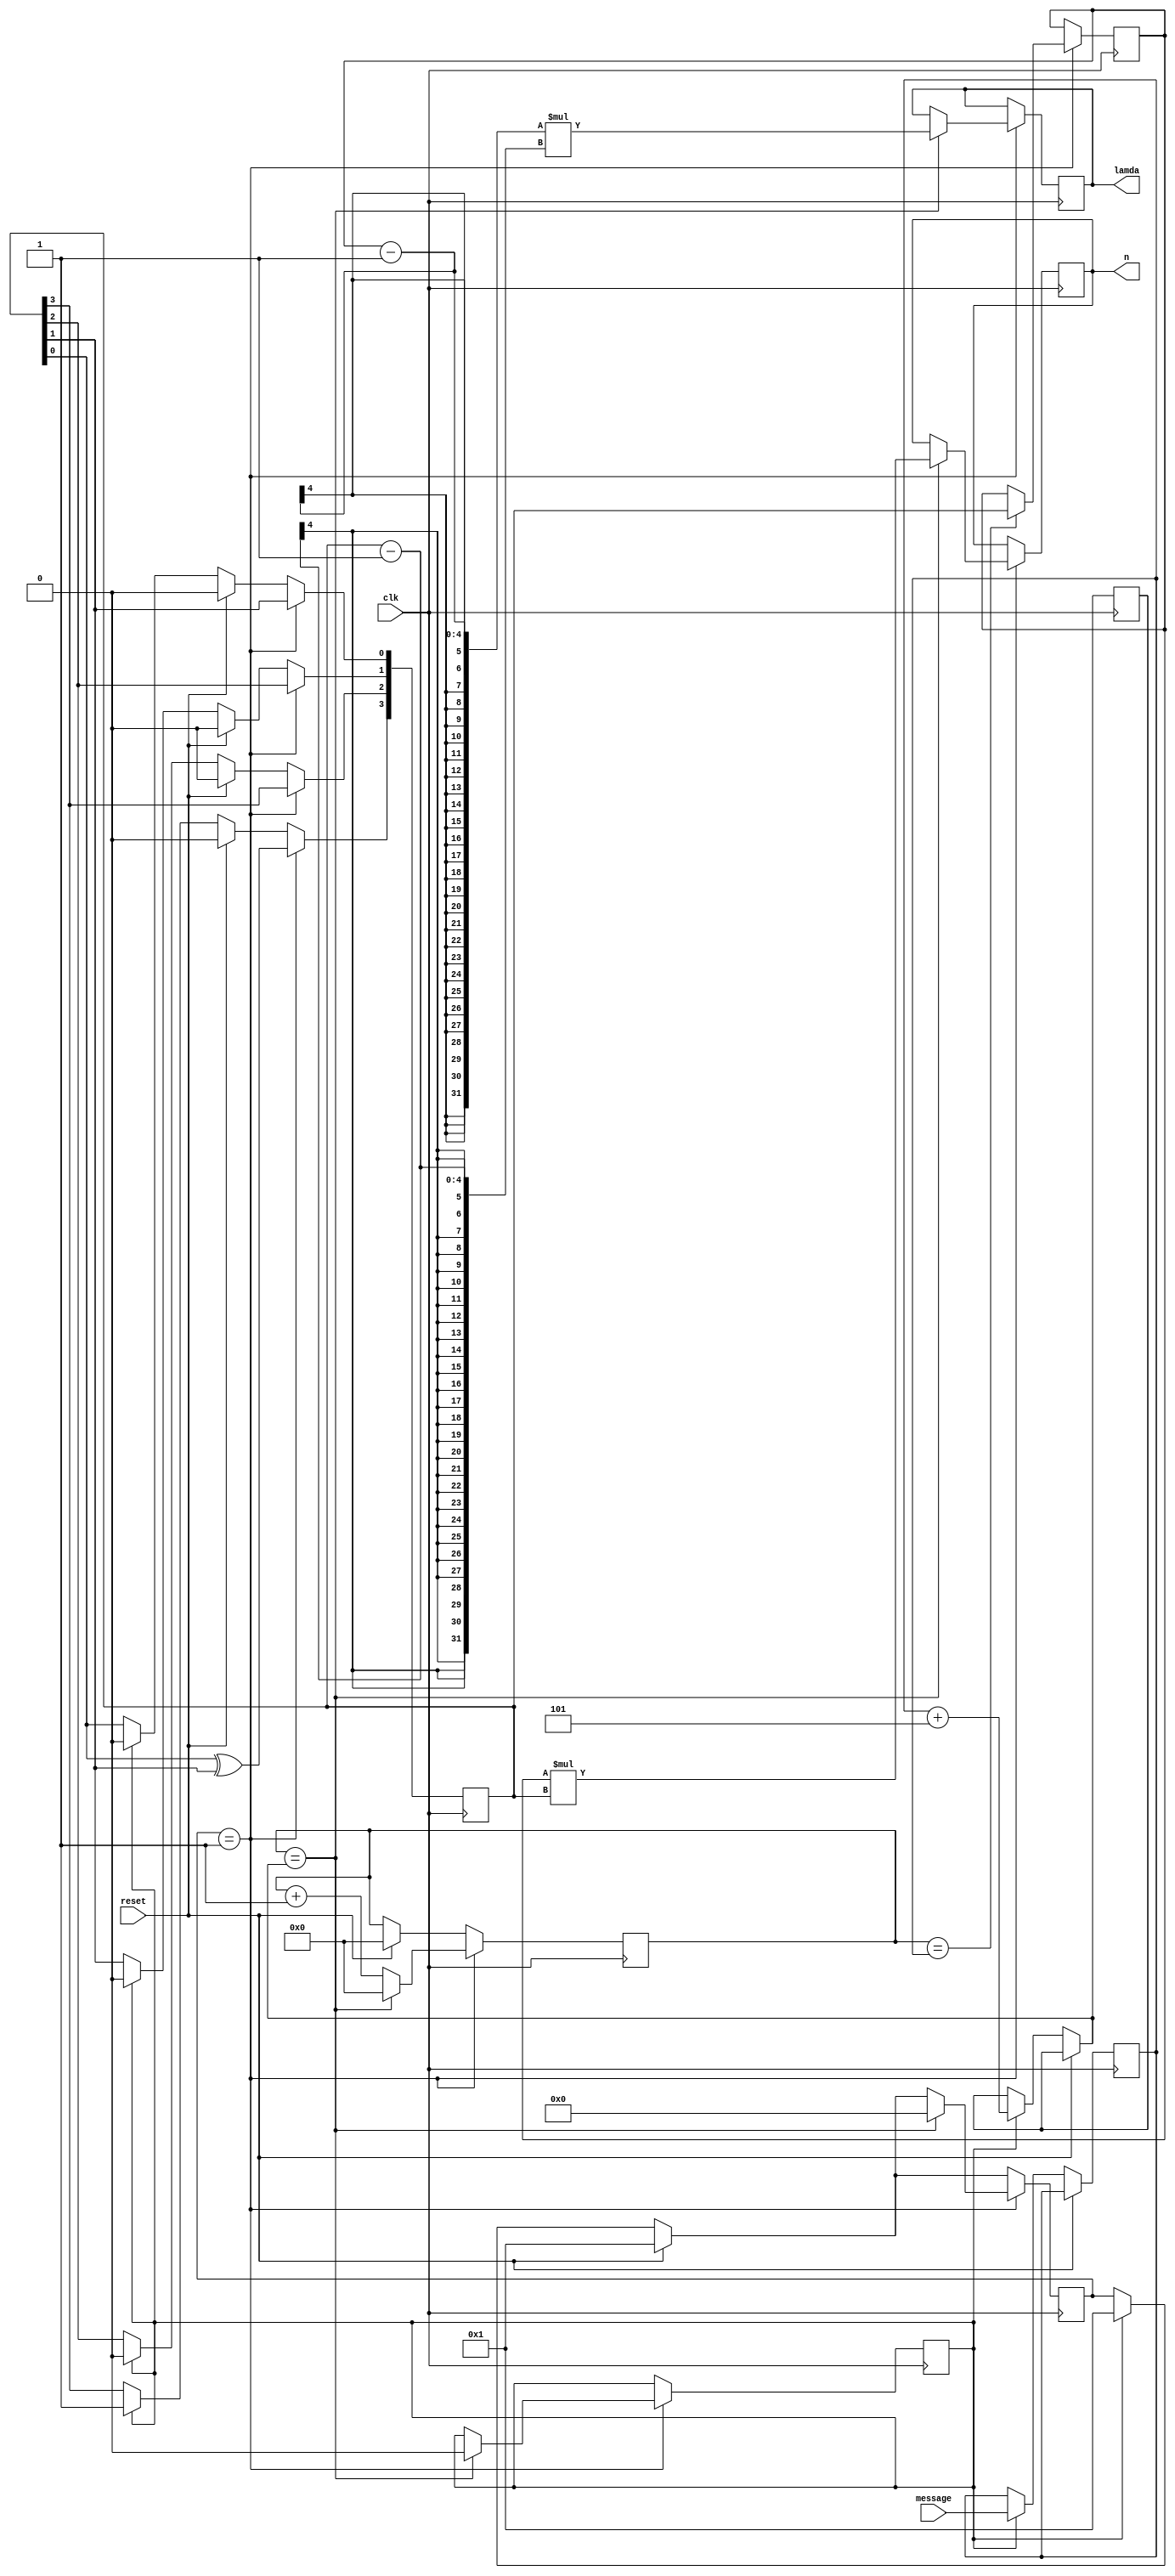
`timescale 1ns / 1ps
//////////////////////////////////////////////////////////////////////////////////
// Company: 
// Engineer: 
// 
// Design Name: 
// Module Name: random_no_generator
// Project Name: 
// Target Devices: 
// Tool Versions: 
// Description: 
// 
// Dependencies: 
// 
// Revision:
// Revision 0.01 - File Created
// Additional Comments:
// 
//////////////////////////////////////////////////////////////////////////////////


module random_no_generator(
input clk,
input reset, 
input [7:0] message,   //encrypted message so that you can use the last value in count
output reg [7:0] n,
output reg [7:0] lamda
 );
reg [3:0] outp;
reg [3:0] outq;
reg [3:0]start=0;
reg [7:0] count =0;  //check if count should be this big
reg calc =0;
reg random=1;
reg [3:0]rand=0;  // max random no =15 and 15 x 15 = 255 -> within 8 bits
reg [7:0] Np=0;  //need to change to first index in message
reg [7:0] Nq =0; //this equal first index (Np) in message + 5
wire rand4;
assign rand4 = rand[0]^rand[1]; //want rand4 to be continuously monitored and chnaged



always@(posedge clk)
begin
 if(reset)
 begin
 rand<=4'd0;
 count<=6'd0;
 start<=1;
 calc<=0;
 end
 else if (random)
     begin
     rand<=4'b1000;
     start<=1;
     Np <= message[7:0];   //making the message value = the number count must go up to
     Nq = Np + 5;  // deetermining q value be 5 clock cycles after p is determined 
     // check for non blocking -> needs to occurr after Np is populated
     end
if(start==4'd1)
   begin    
     rand[0]<=rand[1];
     rand[1]<=rand[2];
     rand[2]<=rand[3];
     rand[3]<=rand4;
     count<=count+1;
     if(count == Np)
     begin
        outp <= rand;
     end
     if(count==Nq)  // when it reaches this count the generation process must stop
      begin
       outq = rand;
       n = outp * outq; 
       lamda = (outp-1)*(outq-1);  //check that this works
       start<=0;
       count<=0;
       random<=0;
      end
  end

end  //end random


endmodule